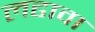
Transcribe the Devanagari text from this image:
लढावा